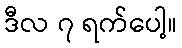
ဒီလ ၇ ရက်ပေါ့။